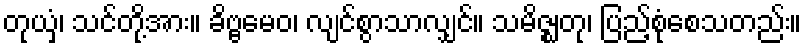
တုယှံ၊ သင်တို့အား။ ခိဗ္ဗမေဝ၊ လျင်စွာသာလျှင်။ သမိဇ္ဈတု၊ ပြည့်စုံစေသတည်း။